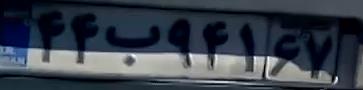
۴۴ب۹۴۱۶۷